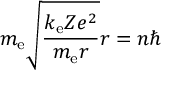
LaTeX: m _ { \mathrm { e } } { \sqrt { \frac { k _ { \mathrm { e } } Z e ^ { 2 } } { m _ { \mathrm { e } } r } } } r = n \hbar